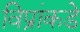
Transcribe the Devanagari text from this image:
विप्रांकडे